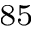
^ { 8 5 }